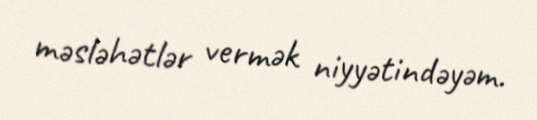
məsləhətlər vermək niyyətindəyəm.